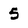
Character: 5